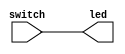
module Lesson1(switch, led);
	input switch;
	output led;
	
	assign led=switch;
endmodule